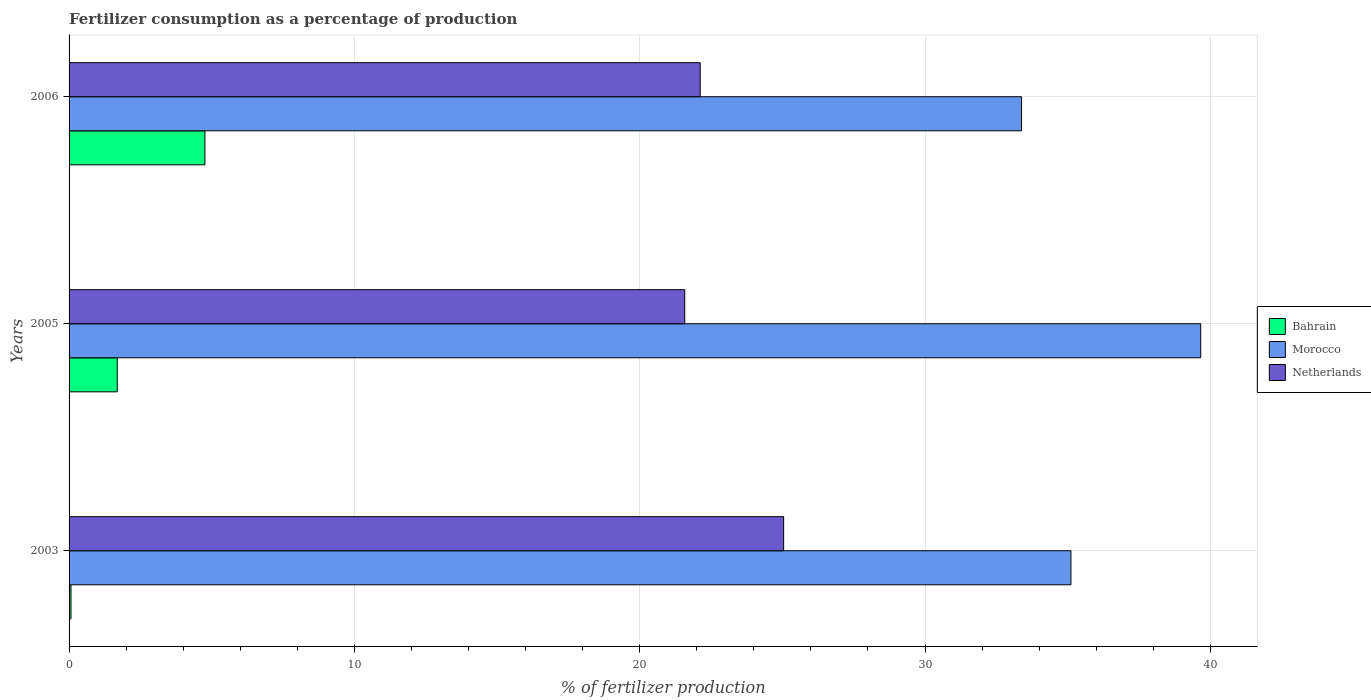
| Years | Bahrain | Morocco | Netherlands |
 | --- | --- | --- | --- |
 | 2003 | 0.0675 | 35.1 | 25 |
 | 2005 | 1.69 | 39.7 | 21.6 |
 | 2006 | 4.76 | 33.4 | 22.1 |